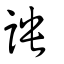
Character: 詇